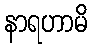
နာရဟာမိ